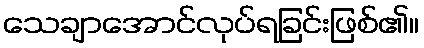
သေချာအောင်လုပ်ရခြင်းဖြစ်၏။